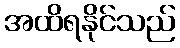
အထိရနိုင်သည်